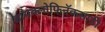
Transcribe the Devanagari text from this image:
डायक्लोफिनॅकसाठी